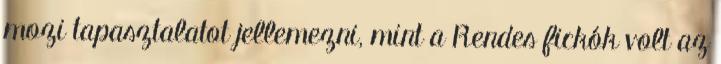
mozi tapasztalatot jellemezni, mint a Rendes fickók volt az